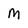
Character: m